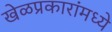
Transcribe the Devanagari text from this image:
खेळप्रकारांमध्ये